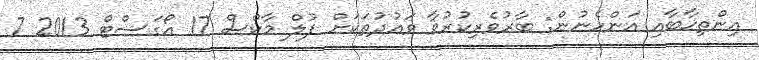
އިންތިޚާބާއި އަންހެނުން: ބާރުވެރިކުރުވާ ވައުދުތަކަށް ފުލް މާކްސް 17 އޯގަސްޓް 2013 7